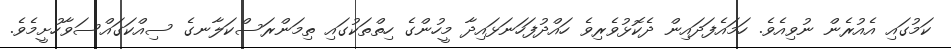
ކަމުގައި އެއުރެން ނުވިއެވެ. ހަމައެފަދައިން ދެކޮޅުވެރިވެ ހައްދުފަހަނަޅައިދާ މީހުންގެ ހިތްތަކުގައި ތިމަންރަސްކަލާނގެ ސިއްކަގައްސަވާހުށީމެވެ.